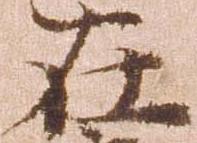
在